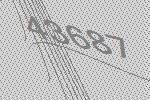
43687